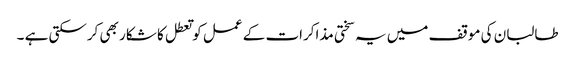
طالبان کی موقف میں یہ سختی مذاکرات کے عمل کو تعطل کا شکار بھی کرسکتی ہے ۔